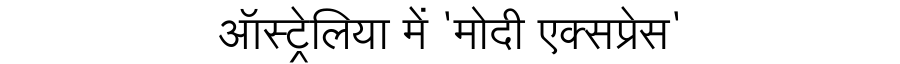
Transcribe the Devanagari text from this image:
ऑस्ट्रेलिया में 'मोदी एक्सप्रेस'